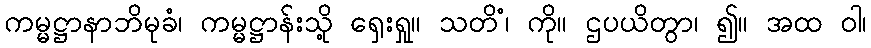
ကမ္မဋ္ဌာနာဘိမုခံ၊ ကမ္မဋ္ဌာန်းသို့ ရှေးရှု။ သတိံ၊ ကို။ ဌပယိတွာ၊ ၍။ အထ ဝါ၊